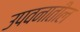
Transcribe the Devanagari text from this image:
उपवनातील